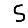
Digit: 5